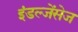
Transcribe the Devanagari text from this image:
इंडल्जेंसेज